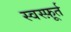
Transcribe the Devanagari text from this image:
स्वस्फ़ूर्त